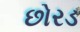
છોરડ